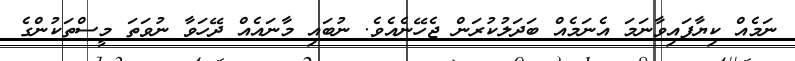
ނަމެއް ކިޔާފައިވާނަމަ އެނަމެއް ބަދަލުކުރަން ޖެހޭނެއެވެ. ނުބައި މާނައެއް ދޭހަވާ ނުވަތަ މީސްތަކުންގެ